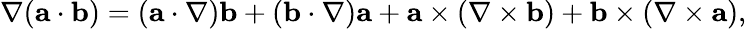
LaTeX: \nabla({\mathbf a}\cdot{\mathbf b})=({\mathbf a}\cdot\nabla){\mathbf b}+({\mathbf b}\cdot\nabla){\mathbf a}+{\mathbf a}\times(\nabla\times{\mathbf b})+{\mathbf b}\times(\nabla\times{\mathbf a}),